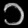
Digit: ၁